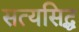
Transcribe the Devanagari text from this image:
सत्यसिद्ध